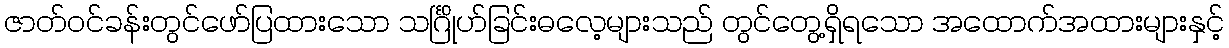
ဇာတ်ဝင်ခန်းတွင်ဖော်ပြထားသော သင်္ဂြိုဟ်ခြင်းဓလေ့များသည် တွင်တွေ့ရှိရသော အထောက်အထားများနှင့်